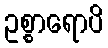
ဥစ္စာရောပိ